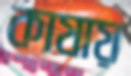
কাষায়